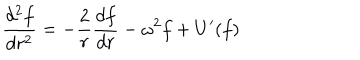
LaTeX: \frac { d ^ { 2 } f } { d r ^ { 2 } } = - \frac { 2 } { r } \frac { d f } { d r } - \omega ^ { 2 } f + U ^ { \prime } ( f )